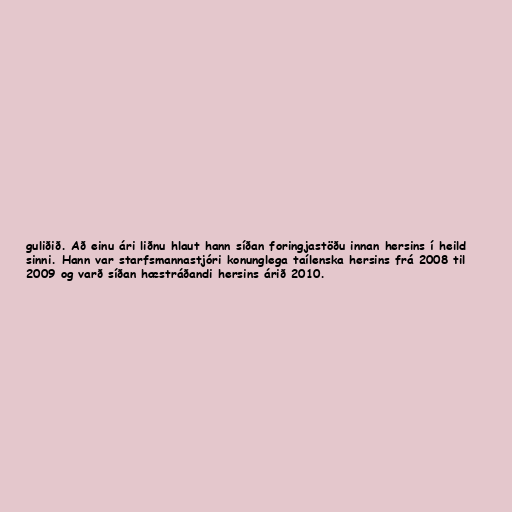
guliðið. Að einu ári liðnu hlaut hann síðan foringjastöðu innan hersins í heild
sinni. Hann var starfsmannastjóri konunglega taílenska hersins frá 2008 til
2009 og varð síðan hæstráðandi hersins árið 2010.